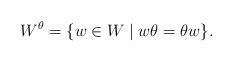
LaTeX: \begin{align*}W^\theta = \{w\in W \mid w \theta =\theta w\}.\end{align*}